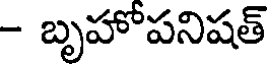
- బృహోపనిషత్